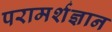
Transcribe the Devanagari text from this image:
परामर्शज्ञान